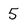
Character: 5